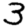
Digit: 3